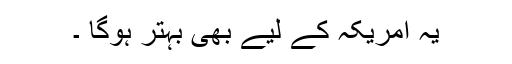
یہ امریکہ کے لیے بھی بہتر ہوگا ۔